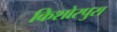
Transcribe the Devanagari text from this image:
किशोरपुरा